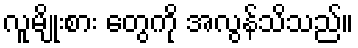
လူမျိုးစား တွေကို အလွန်သိသည်။